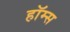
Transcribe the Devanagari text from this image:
हॉम्स